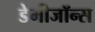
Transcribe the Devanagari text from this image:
डेमीजॉन्स